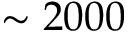
\sim 2 0 0 0